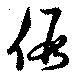
假